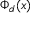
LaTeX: \Phi _ { d } ( x )